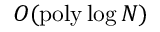
\ensuremath { { O } } ( \ensuremath { \operatorname { p o l y } } \log N )